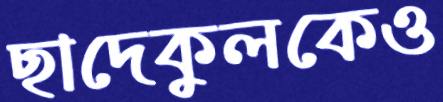
ছাদেকুলকেও